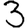
Digit: 3